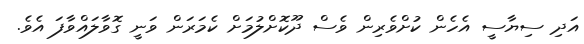
އަދި ސިޔާސީ އެހެން ކުށްވެރިން ވެސް ދޫކޮށްލުމަށް ކެމަރަން ވަނީ ގޮވާލައްވާފަ އެެވެ.